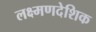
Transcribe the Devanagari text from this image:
लक्ष्मणदेशिक